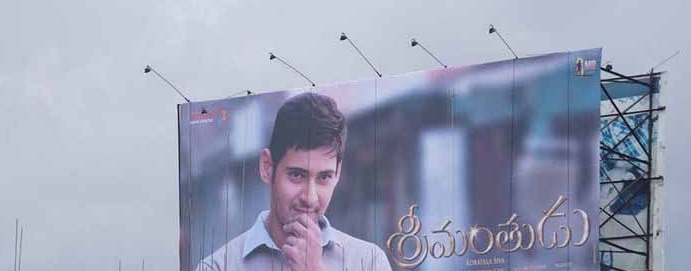
Language: telugu
Transcription: శ్రీమంతుడు